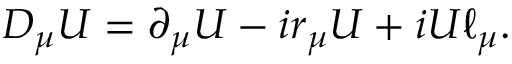
D _ { \mu } { U } = \partial _ { \mu } { U } - i r _ { \mu } { U } + i U \ell _ { \mu } .